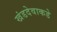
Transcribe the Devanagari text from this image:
खंडदेवाकडे